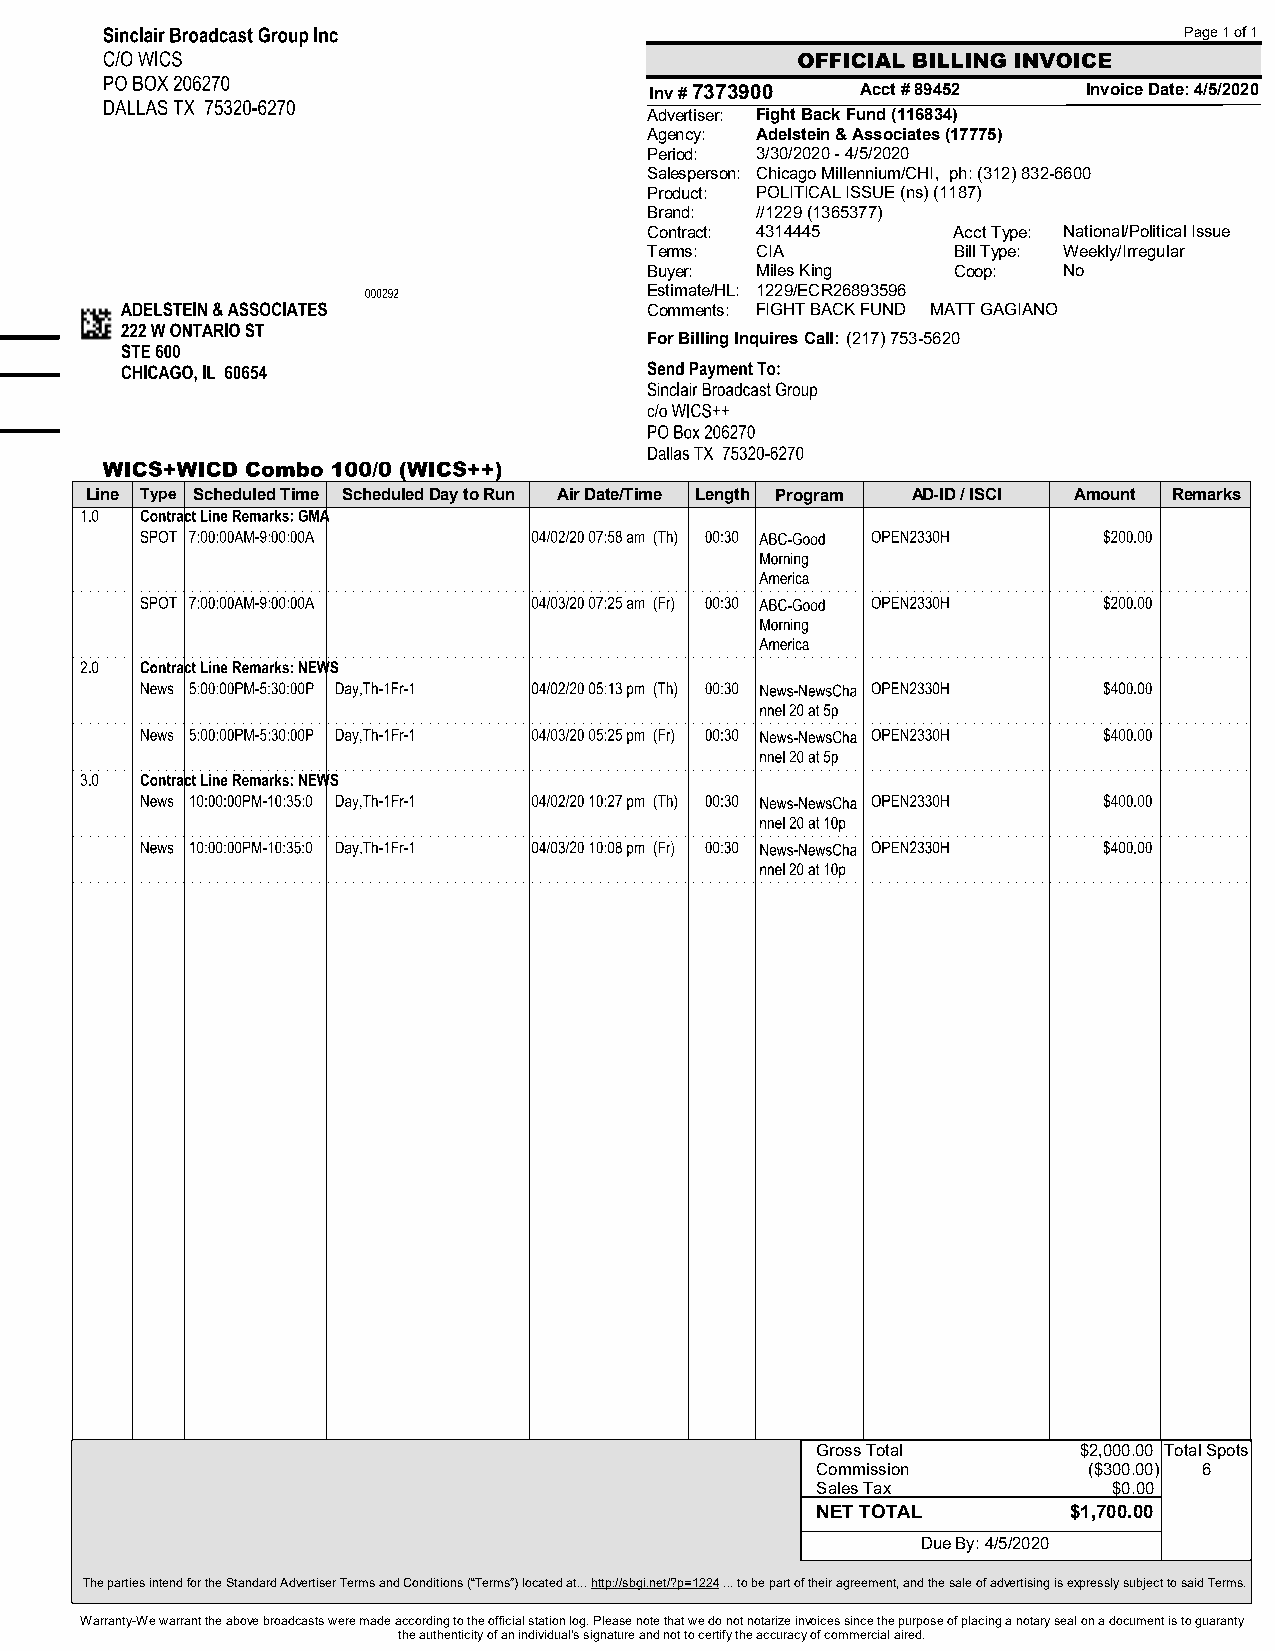
Page 1 of 1
 Inv # 7373900 Acct # 89452   Invoice Date: 4/5/2020
 Advertiser: Fight Back Fund (116834)
 Agency: Adelstein & Associates (17775)
 Period: 3/30/2020 - 4/5/2020
 Salesperson: Chicago Millennium/CHI, ph:(312) 832-6600
 Product: POLITICAL ISSUE (ns) (1187)
 Brand: //1229 (1365377)
 Contract: 4314445   AcctType: National/Political Issue
 Terms: CIA          BillType: Weekly/Irregular
 Buyer: Miles King   Coop:  No
 Estimate/HL: 1229/ECR26893596
 Comments: FIGHT BACK FUND MATT GAGIANO
 For Billing Inquires Call: (217) 753-5620
 Line Type ScheduledTime ScheduledDaytoRun AirDate/Time Length Program AD-ID/ISCI Amount Remarks
 GrossTotal       $2,000.00 TotalSpots
 Commission        ($300.00) 6
 SalesTax            $0.00
 NETTOTAL         $1,700.00
 Due By: 4/5/2020
 ThepartiesintendfortheStandardAdvertiserTermsandConditions(“Terms”)locatedat...http://sbgi.net/?p=1224...tobepartoftheiragreement,andthesaleofadvertisingisexpresslysubjecttosaidTerms.
 Warranty-Wewarranttheabovebroadcastsweremadeaccordingtotheofficialstationlog.Pleasenotethatwedonotnotarizeinvoicessincethepurposeofplacinganotarysealonadocumentistoguaranty
 theauthenticityofanindividual'ssignatureandnottocertifytheaccuracyofcommercialaired.